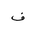
Letter: _fa